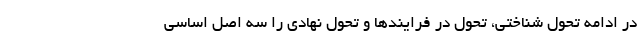
در ادامه تحول شناختی، تحول در فرایندها و تحول نهادی را سه اصل اساسی